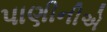
પાણીનીએ